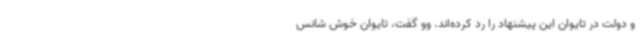
و دولت در تایوان این پیشنهاد را رد کرده‌اند. وو گفت، تایوان خوش شانس